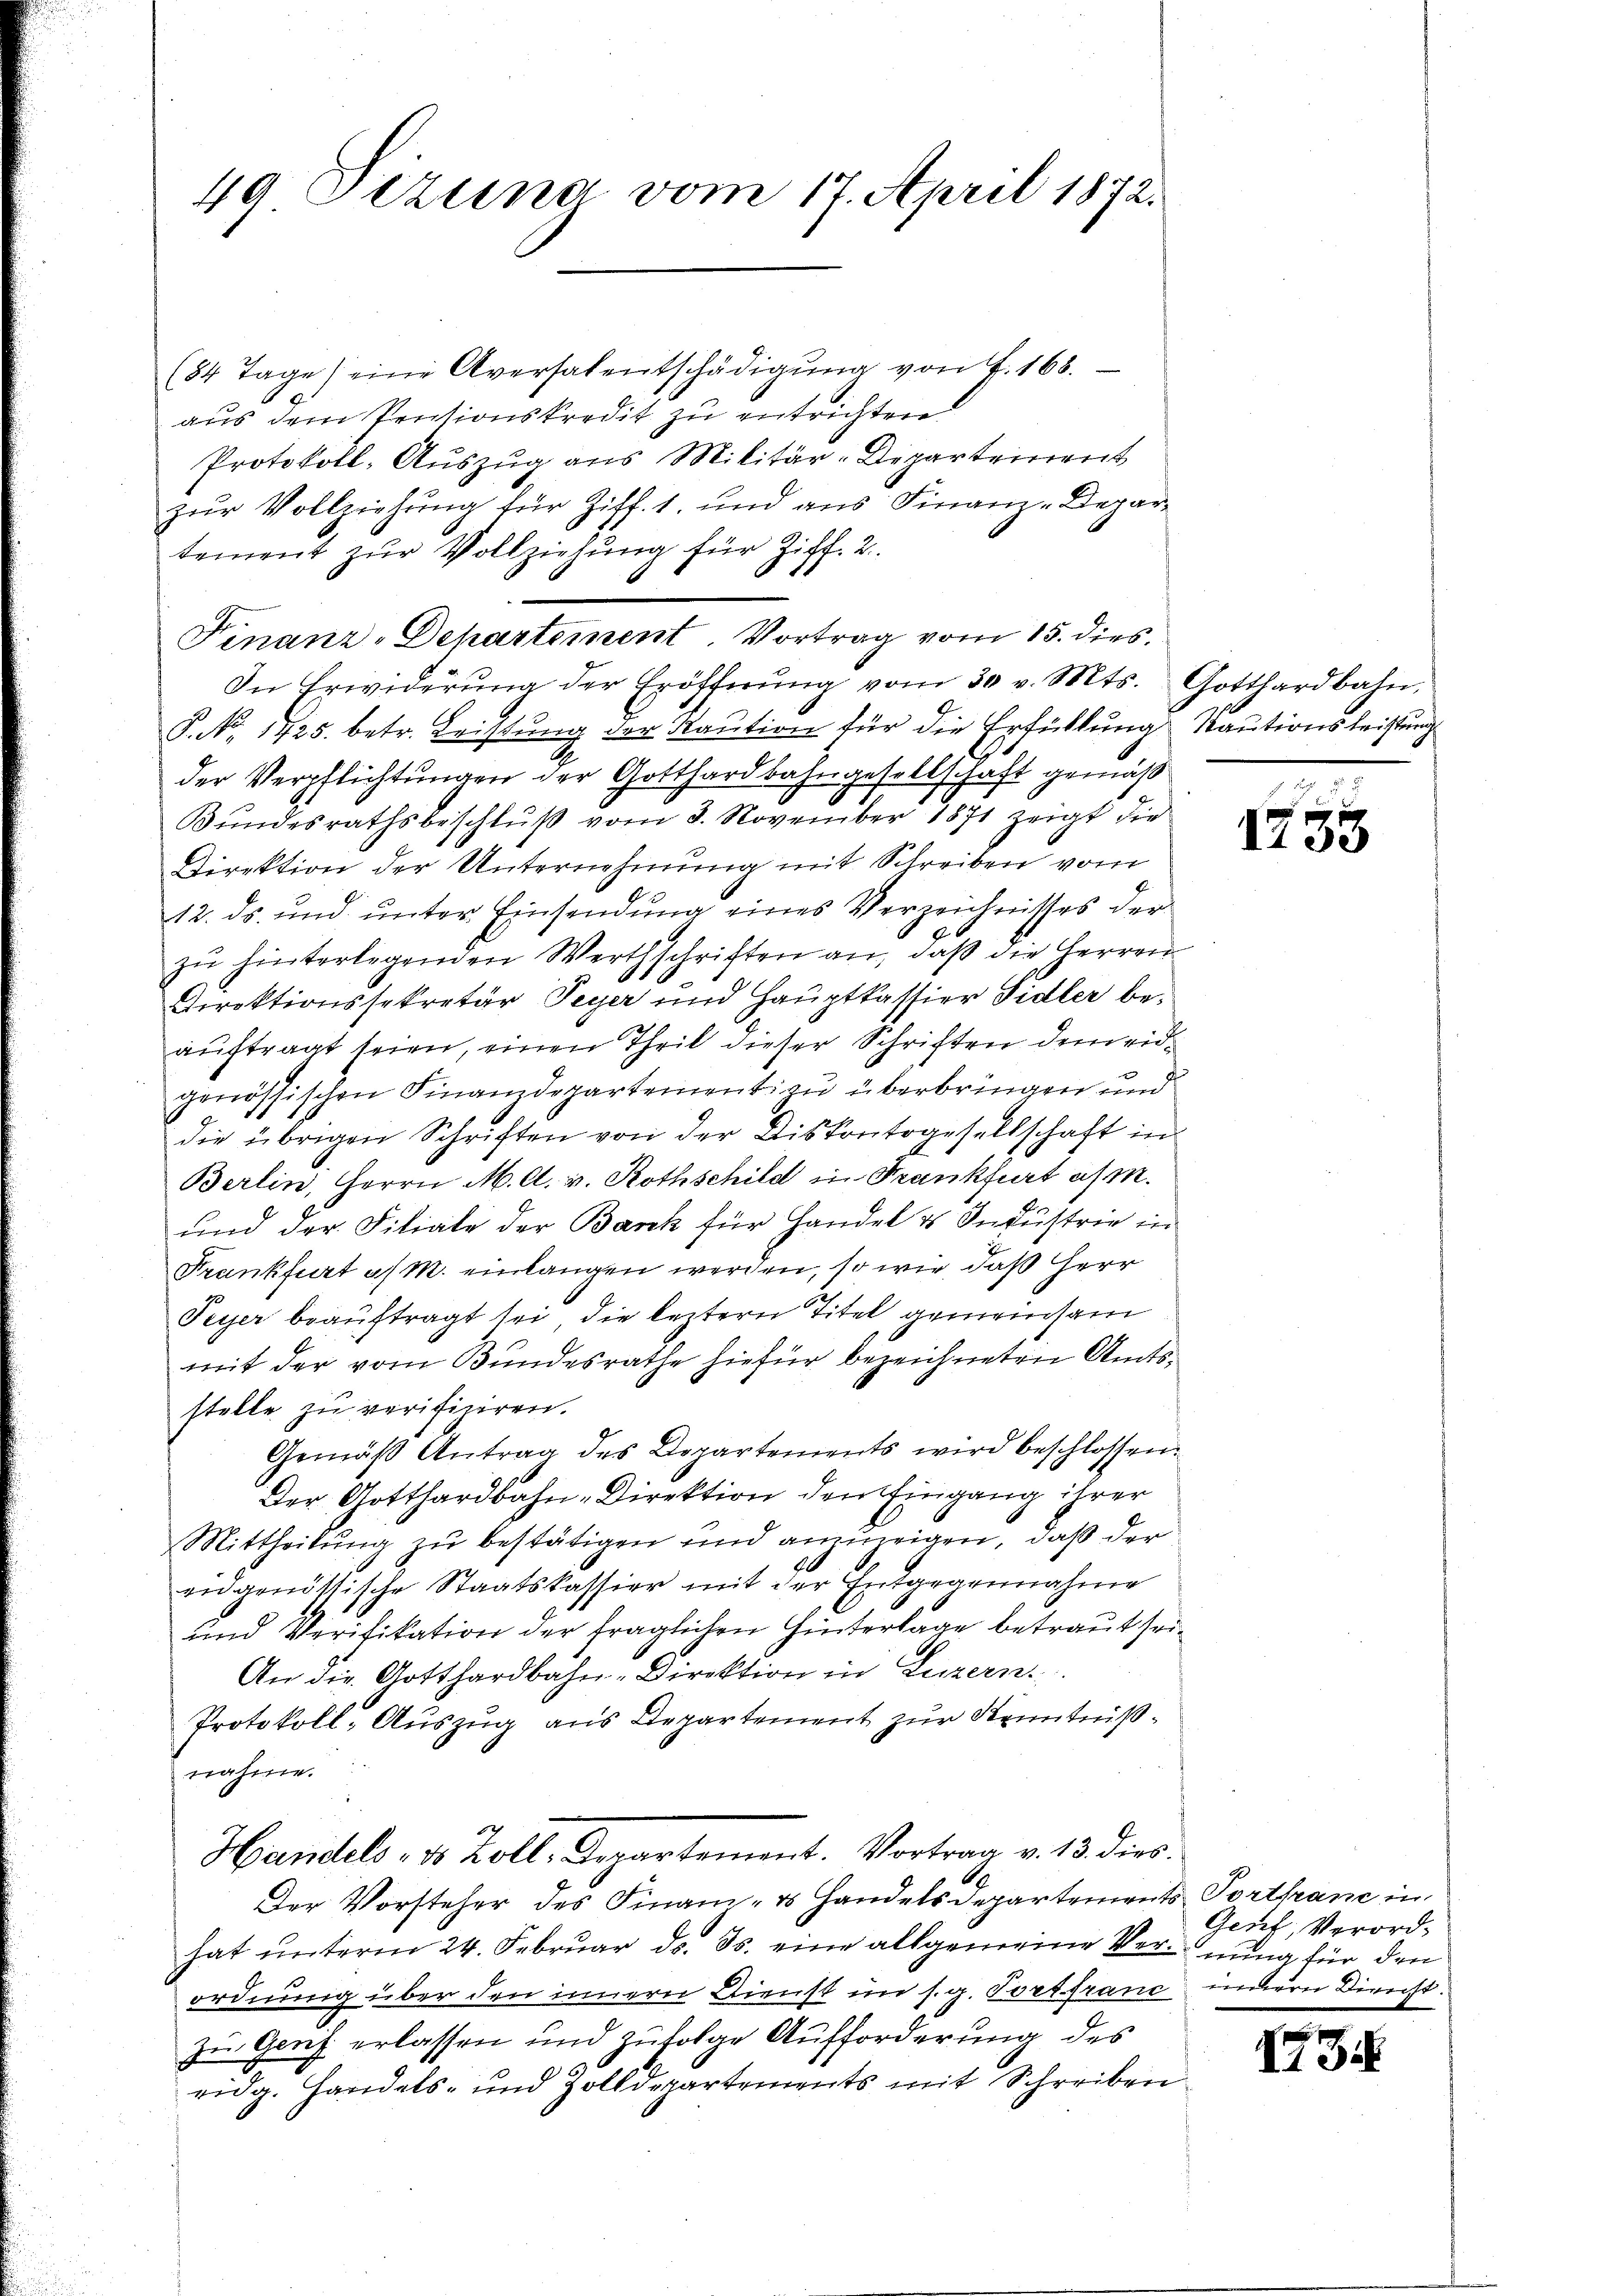
49 Dezuna vom 17. April 1872.

(84 Tage (eine Aversalentschädigŭng von f. 168.
e
aus dem Pensionskredit zu entrichten.
Protokoll-Auszug aus Militär-Departement
zur Vollziehung für Ziff. 1. und aus Finanz-Departement zur Vollziehung für Ziff. 2.
In Erwiderŭng der Eröffnŭng vom 30. v. Mts. Gotthardbahn,
P. Nr. 1725. betr. Leistung der Kaution für die Erfüllung Rautionsleistung
der Verpflichtungen der Gotthardbahngesellschaft gemäß
Bundesrathsbeschluß vom 3. November 1871 zeigt die
Direktion der Unternehmung mit Schreiben vom
12. ds. und unter Einsendung eines Verzeichnisses der
zŭ hinterlegenden Werthschriften an, daß die Herren
Direktionssekretär Peyer und Hauptkassier Sidler beaŭftragt seien, einen Theil dieser Schriften dem eidgenössischen Finanzdepartement zu überbringen und
die übrigen Schriften von der Diskontogesellschaft in
Berlin, Herrn M. A. v. Rothschild in Frankfurt es m.
und der Filiale der Barck für Handel & Industrie in
Frankfurt a/M. einlangen werden, so wie daß Herr
Peyer beauftragt sei, die leztern Titel gemeinsam
mit der vom Bundesrathe hiefür bezeichneten Amtsstelle zu verifiziren.
Gemäβ Antrag des Departements wird beschlossen.
Der Gotthardbahn-Direktion den Eingang ihrer
Mittheilung zu bestätigen und anzuzeigen, daß der
an genössische Staatskassier mit der Entgegennahme
und Verifikation der fraglichen Hinterlage betraut sei¬
An die Gotthardbahn-Direktion in Luzern.
Protokoll-Auszug aus Departement zur Kenntnißnahme.
Handels, v. Zoll, Departement. Vortrag v. 13. dies
Der Vorsteher des Finanz- Handelsdepartements Porthane in
hat unterm 24. Februar d. Js. eine allgemeine Vernung für den
ordnung über den innern Dienst im s. g. Tort franc, indern Dienst.
zu Genf erlassen und zufolge Aufforderung des
ridg. Handels- und Zolldepartements mit Schreiben

Finanz-Departement Vortrag vom 15. dies

1235

Gent, Verord¬

73.